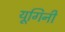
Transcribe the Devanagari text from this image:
यूगिनी